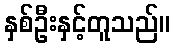
နှစ်ဦးနှင့်တူသည်။